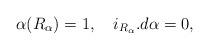
LaTeX: \begin{align*}\alpha(R_\alpha)=1,\ \ \ i_{R_\alpha}.d\alpha=0, \index{Reeb vector field}\end{align*}